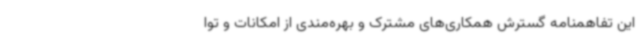
این تفاهمنامه گسترش همکاری‌های مشترک و بهره‌مندی از امکانات و توا